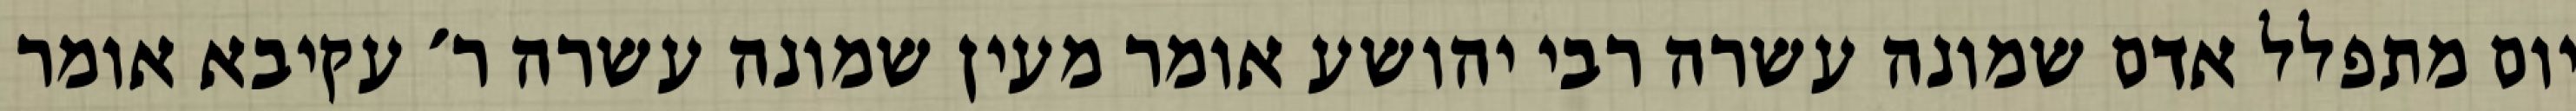
יום מתפלל אדם שמונה עשרה רבי יהושע אומר מעין שמונה עשרה ר׳ עקיבא אומר